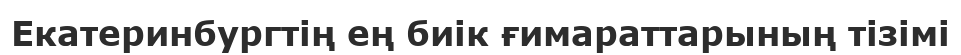
Екатеринбургтің ең биік ғимараттарының тізімі